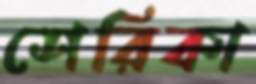
শেরিকা